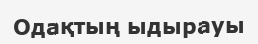
Одақтың ыдырауы